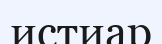
истиар